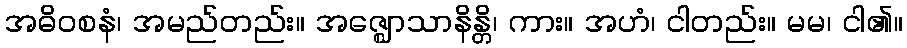
အဓိဝစနံ၊ အမည်တည်း။ အဇ္ဈောသာနိန္တိ၊ ကား။ အဟံ၊ ငါတည်း။ မမ၊ ငါ၏။